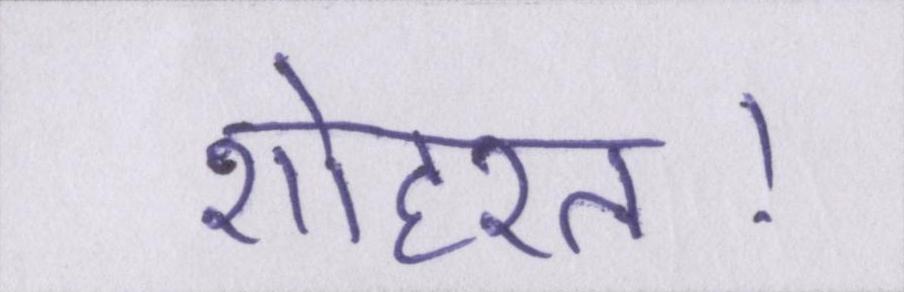
शोहरत।